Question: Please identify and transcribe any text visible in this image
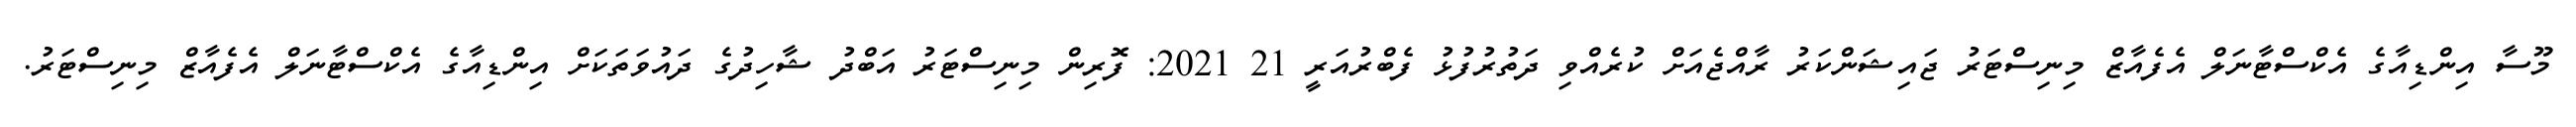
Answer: މޫސާ އިންޑިއާގެ އެކްސްޓާނަލް އެފެއާޒް މިނިސްޓަރު ޖައިޝަންކަރު ރާއްޖެއަށް ކުރެއްވި ދަތުރުފުޅު ފެބްރުއަރީ 21 2021: ފޮރިން މިނިސްޓަރު އަބްދު ޝާހިދުގެ ދައުވަތަކަށް އިންޑިއާގެ އެކްސްޓާނަލް އެފެއާޒް މިނިސްޓަރު.